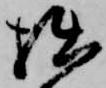
拙